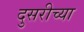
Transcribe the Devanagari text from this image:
दुसरीच्या